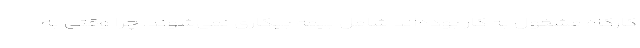
کارگاه مشغول به کار بوده‌اند شامل بیمه بیکاری نمی‌شوند. چرا وقتی به